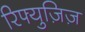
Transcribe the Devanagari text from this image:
रिफ्युज़िज़